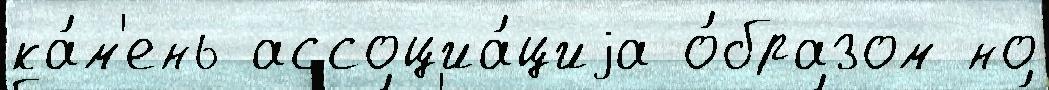
ка́м'ень ассоциа́циjа о́бразом но